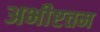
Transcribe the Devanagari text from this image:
अभीष्टतम